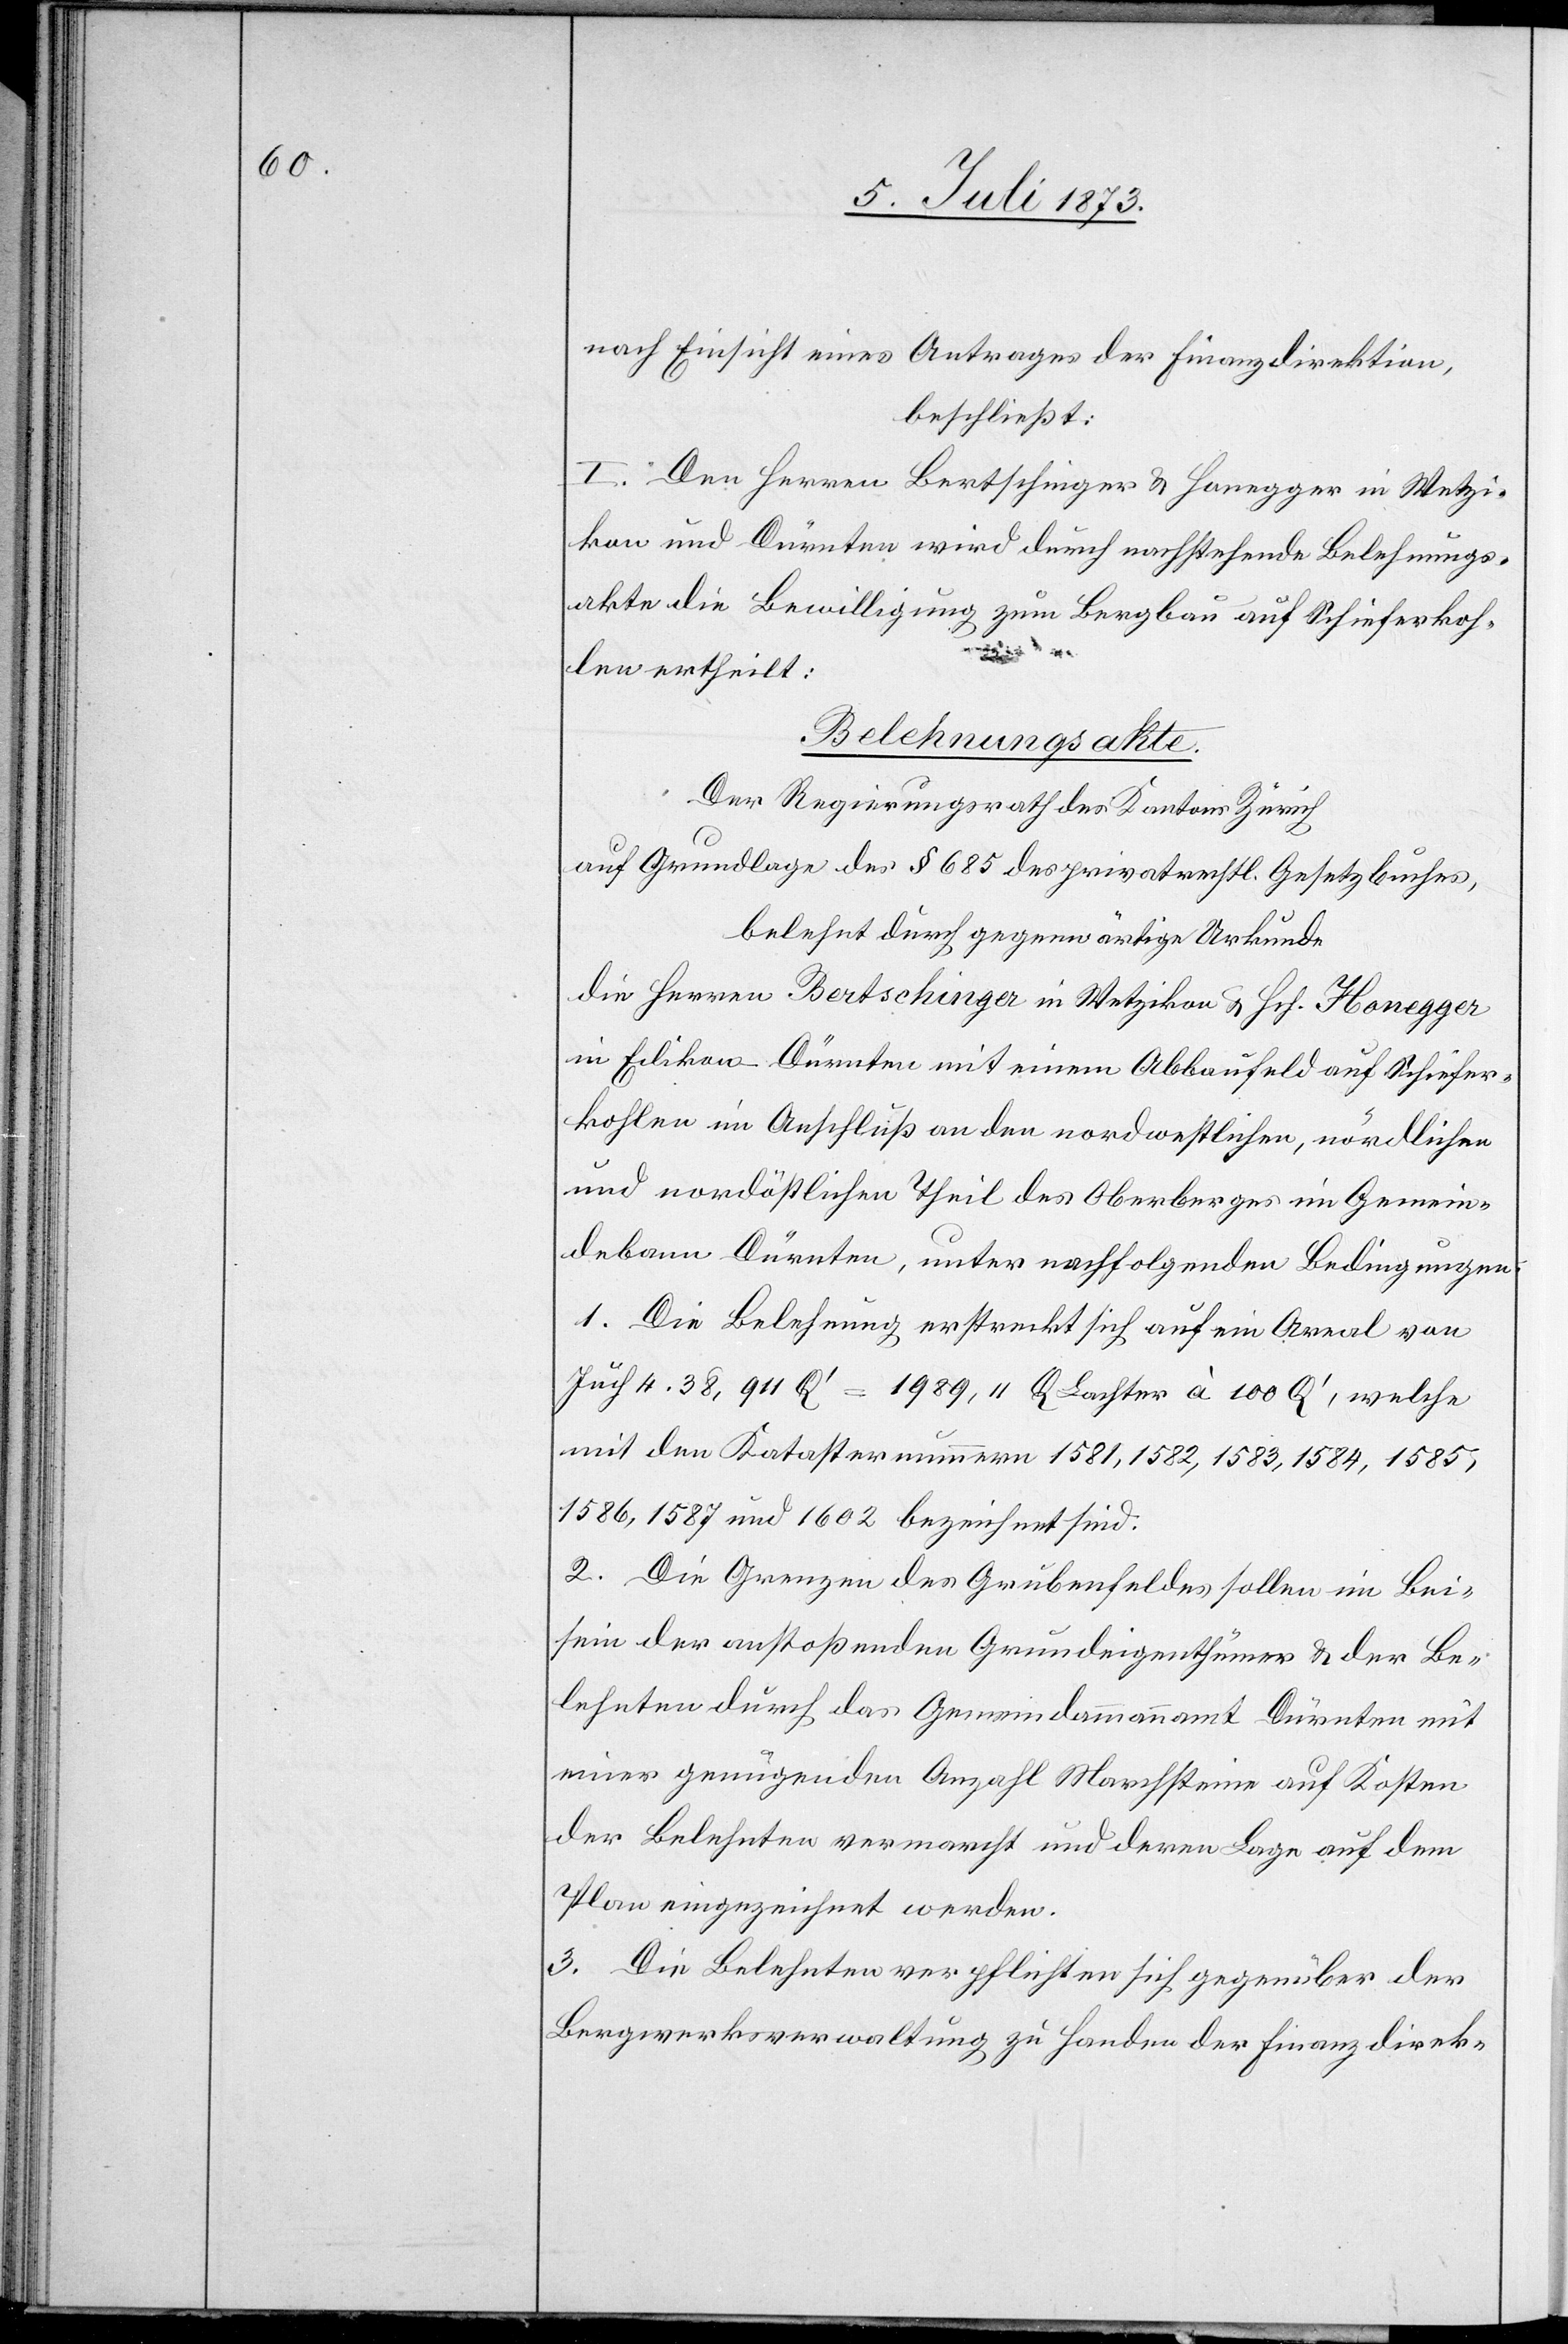
nach Einsicht eines Antrages der Finanzdirektion,
beschließt:
I. Den Herren Bertschinger & Honegger in Wetzi¬
kon und Dürnten wird durch nachstehende Belehnungs¬
akte die Bewilligung zum Bergbau auf Schieferkoh¬
len ertheilt:
Belehnungsakte.
Der Regierungsrath des Kantons Zürich
auf Grundlage des § 685 des privatrechtl. Gesetzbuches,
belehnt durch gegenwärtige Urkunde
die Herren Bertschinger in Wetzikon & Hch. Honegger
in Edikon-Dürnten mit einem Abbaufeld auf Schiefer¬
kohlen im Anschluß an den nordwestlichen, nördlichen
und nordöstlichen Theil des Oberberges im Gemein¬
debann Dürnten, unter nachfolgenden Bedingungen:
1. Die Belehnung erstreckt sich auf ein Areal von
Juch 4.38, 911 Q‘ = 1 989,11 Q Lachter à 100 Q‘, welche
mit den Katasternummern 1581, 1582, 1583, 1584, 1585,
1586, 1587 und 1602 bezeichnet sind.
2. Die Grenzen des Grubenfeldes sollen im Bei¬
sein der anstoßenden Grundeigenthümer & der Be¬
lehnten durch das Gemeindeammannamt Dürnten mit
einer genügenden Anzahl Marchsteine auf Kosten
der Belehnten vermarcht und deren Lage auf dem
Plan eingezeichnet werden.
3. Die Belehnten verpflichten sich gegenüber der
Bergwerksverwaltung zu Handen der Finanzdirek-